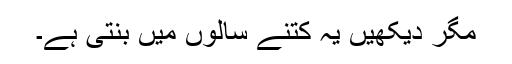
مگر دیکھیں یہ کتنے سالوں میں بنتی ہے۔